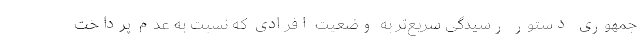
جمهوری دستور رسیدگی سریع‌تر به وضعیت افرادی که نسبت به عدم پرداخت